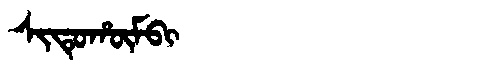
Manchu: ᠰᡳᡨᡠᡥᡡᠮᠪᡳ
Romanization: SITUHŪMBI